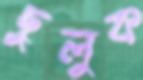
ছুলুক